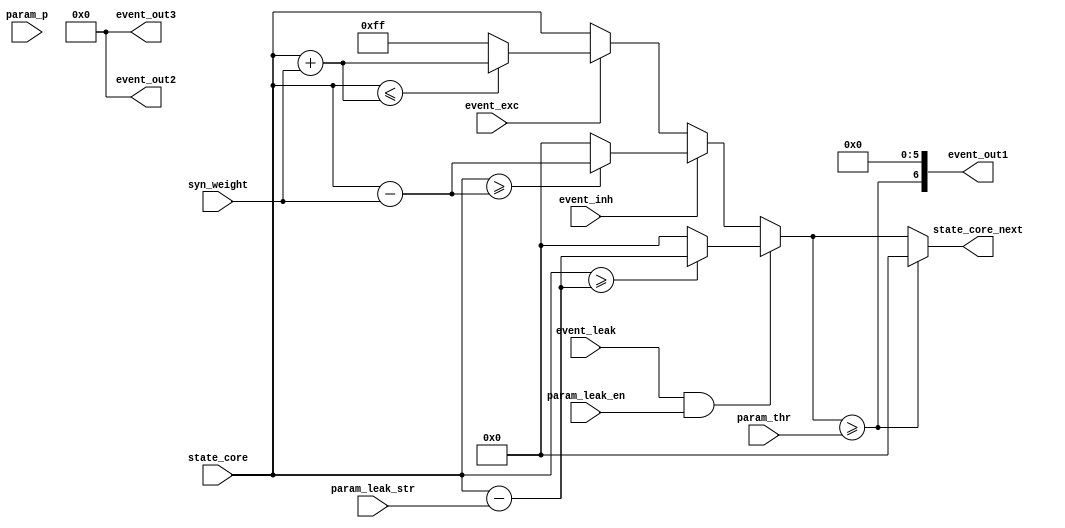
`timescale 1ns / 1ps
//////////////////////////////////////////////////////////////////////////////////
// Company: 
// Engineer: 
// 
// Design Name: 
// Module Name: ADModel_neuronstate
// Project Name: 
// Target Devices: 
// Tool Versions: 
// Description: 
// 
// Dependencies: 
// 
// Revision:
// Revision 0.01 - File Created
// Additional Comments:
// 
//////////////////////////////////////////////////////////////////////////////////


module ADModel_neuronstate(
    input  wire [          6:0] param_leak_str,         // leakage strength parameter
    input  wire [          3:0] param_p,
    input  wire                 param_leak_en,          // leakage enable parameter
    input  wire [          7:0] param_thr,              // neuron firing threshold parameter
    input  wire [          7:0] state_core,             // membrane potential state from SRAM 
    input  wire                 event_leak,             // leakage type event
    input  wire                 event_inh,              // excitatory type event
    input  wire                 event_exc,              // inhibitory type event
    input  wire [          2:0] syn_weight,             // synaptic weight
    output reg [          7:0] state_core_next,        // next membrane potential state to SRAM 
    output wire [          6:0] event_out1,              // neuron spike event output  
    output wire [          6:0] event_out2,             // neuron spike event output  
    output wire [          6:0] event_out3              // neuron spike event output  
    );


    reg  [7:0] state_core_next_i;
    wire [7:0] state_leak, state_inh, state_exc;
    reg       spike_out1, spike_out2, spike_out3; 

    assign event_out1     = {spike_out1, 3'b000, 3'b0};
    assign event_out2     = {spike_out2, 3'b000, 3'b0};
    assign event_out3     = {spike_out3, 3'b000, 3'b0};
    
    always @ (param_p) begin
        if (param_p == 4'b0011) begin 
            spike_out1 = (state_core_next_i >= param_thr);
            spike_out2       = (state_core_next_i >= (param_thr>>1)); 
            spike_out3       = (state_core_next_i >= ((param_thr>>1) + (param_thr>>2)));
                if (spike_out1 || spike_out2 || spike_out3)
                    state_core_next = state_core_next_i;
                else
                state_core_next = 8'd0;
                
        end else
            spike_out1 = (state_core_next_i >= param_thr);
            spike_out2       = 0; 
            spike_out3       = 0;
           state_core_next = (spike_out1? 8'd0 : state_core_next_i); 
    end  

    always @(*) begin 

            if (event_leak && param_leak_en)
                if (state_core >= state_leak)
                    state_core_next_i = state_leak;
                else
                    state_core_next_i = 8'b0;
            else if (event_inh)
                if (state_core >= state_inh)
                    state_core_next_i = state_inh;
                else
                    state_core_next_i = 8'b0;
            else if (event_exc)
                if (state_core <= state_exc) //voltage less than excitatory voltage 
                    state_core_next_i = state_exc;
                else
                    state_core_next_i = 8'hFF;
            else 
                state_core_next_i = state_core;
    end

    assign state_leak = (state_core - {1'b0,param_leak_str});
    assign state_inh  = (state_core - {5'b0,syn_weight});
    assign state_exc  = (state_core + {5'b0,syn_weight});

endmodule